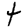
Digit: 4